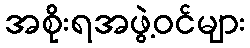
အစိုးရအဖွဲ့ဝင်များ